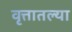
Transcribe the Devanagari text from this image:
वृत्तातल्या